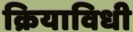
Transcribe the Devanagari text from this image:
क्रियाविधी